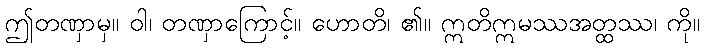
ဤတဏှာမှ။ ဝါ၊ တဏှာကြောင့်။ ဟောတိ၊ ၏။ ဣတိဣမဿအတ္ထဿ၊ ကို။